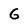
Character: G